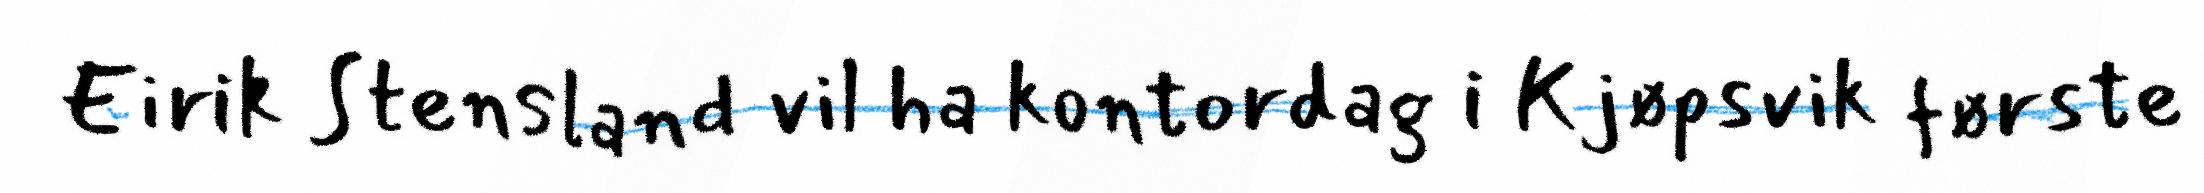
Eirik Stensland vil ha kontordag i Kjøpsvik første